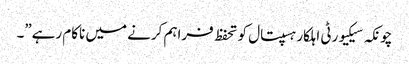
چونکہ سیکیورٹی اہلکار ہسپتال کو تحفظ فراہم کرنے میں ناکام رہے”۔